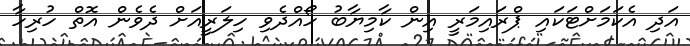
އަދި އެކަމަށްޓަކައި ޕްރައިމަރީ އިން ކާމިޔާބު ހޯއްދެވި ހިލަރީއަށް ދެވެން އޮތް ހުރިހާ